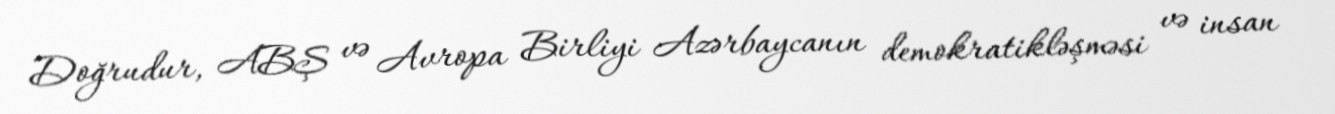
Doğrudur, ABŞ və Avropa Birliyi Azərbaycanın demokratikləşməsi və insan